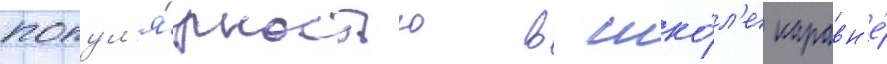
попул'я́рностью в шко́л'е наравн'е́